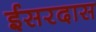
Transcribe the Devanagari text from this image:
ईसरदास